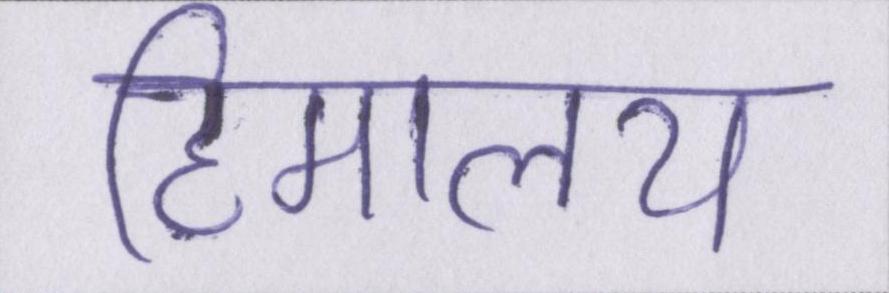
हिमालय